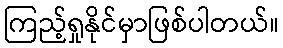
ကြည့်ရှုနိုင်မှာဖြစ်ပါတယ်။